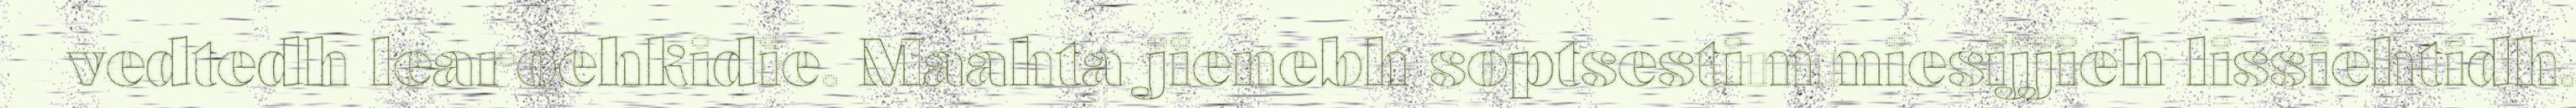
vedtedh learoehkidie. Maahta jienebh soptsestimmiesijjieh lissiehtidh.